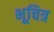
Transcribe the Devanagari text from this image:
भूचित्र